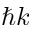
\hbar k